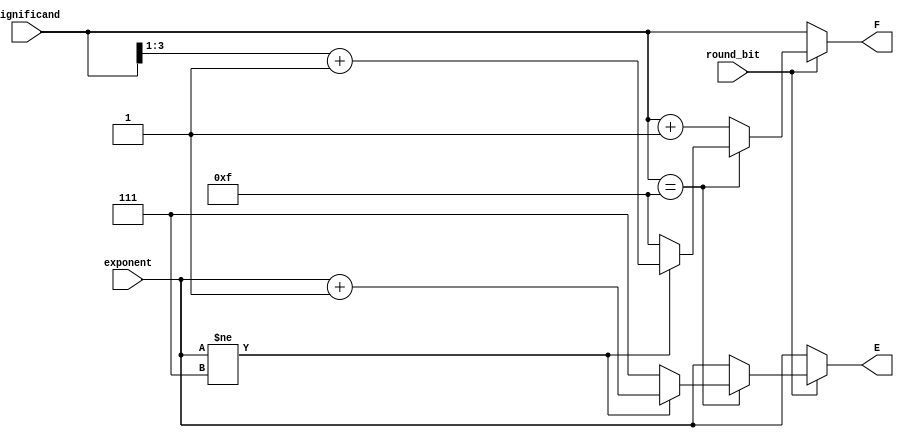
`timescale 1ns / 1ps
//////////////////////////////////////////////////////////////////////////////////
// Company: 
// Engineer: 
// 
// Design Name: 
// Module Name:    rounding 
// Project Name: 
// Target Devices: 
// Tool versions: 
// Description: 
//
// Dependencies: 
//
// Revision: 
// Revision 0.01 - File Created
// Additional Comments: 
//
//////////////////////////////////////////////////////////////////////////////////
module rounding(
    input [2:0] exponent,
	 input [3:0] significand,
	 input round_bit,
	 output wire [2:0] E,
	 output wire [3:0] F
    );

//just add 1 to the significand if rounding && no overflow potential
//assign significand = (round_bit && !(significand == 4'b1111)) ? (significand[3:0] + 4'b0001) : significand[3:0];
//edge case: if rounding && significand is 1111
//shift significand right one bit and increase exponent by 1 
//assign significand = (round_bit && (significand == 4'b1111)) ? (4'b0111) : (4'b1111);

//assign E = (round_bit && (significand == 4'b1111)) ? (exponent[2:0] + 3'b001) : exponent[2:0];
//assign F = significand;
reg [2:0] tempexponent;
reg [3:0] tempsignificand;
always @(*) begin
tempexponent = exponent;
tempsignificand = significand;
if(round_bit) begin
	if (significand == 4'b1111) begin
		if( exponent != 3'b111) begin
			 tempsignificand = (tempsignificand >> 1) + 1;
			 tempexponent = tempexponent + 3'b001;
			end
		else begin
			tempsignificand = 4'b1111;
			tempexponent = 3'b111;
		end
	end
	else begin 
		tempsignificand = tempsignificand + 4'b0001;
		end
	end
end
assign E = tempexponent;
assign F = tempsignificand;
endmodule